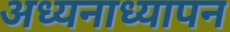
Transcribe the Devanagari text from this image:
अध्यनाध्यापन